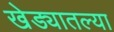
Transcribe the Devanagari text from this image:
खेड्यातल्या